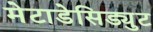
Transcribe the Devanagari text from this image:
मेटाडेसिड्युट